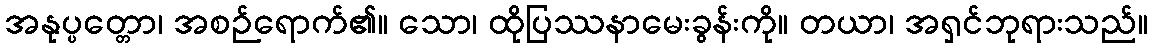
အနုပ္ပတ္တော၊ အစဉ်ရောက်၏။ သော၊ ထိုပြဿနာမေးခွန်းကို။ တယာ၊ အရှင်ဘုရားသည်။